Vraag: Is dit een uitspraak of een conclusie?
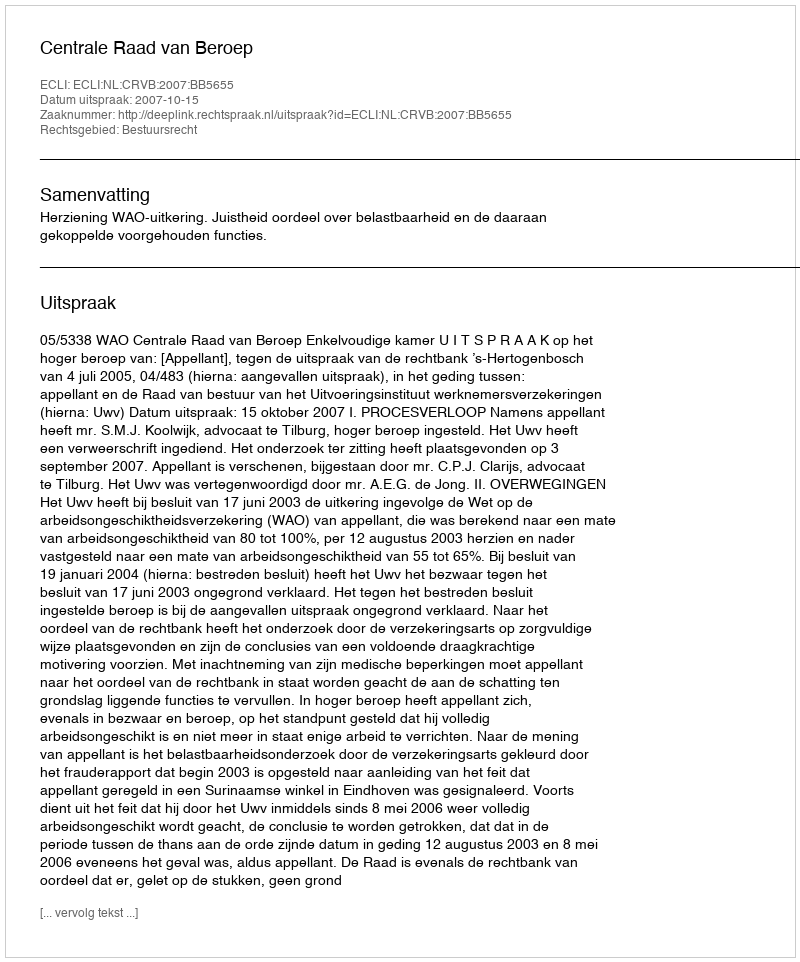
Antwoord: Uitspraak